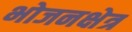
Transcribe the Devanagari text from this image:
भोजनक्षेत्र